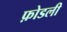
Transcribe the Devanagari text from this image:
फ़ोडली